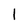
Character: 1